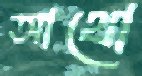
আথো